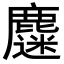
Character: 𪋗